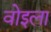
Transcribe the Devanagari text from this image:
वोइला